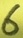
Text: 6